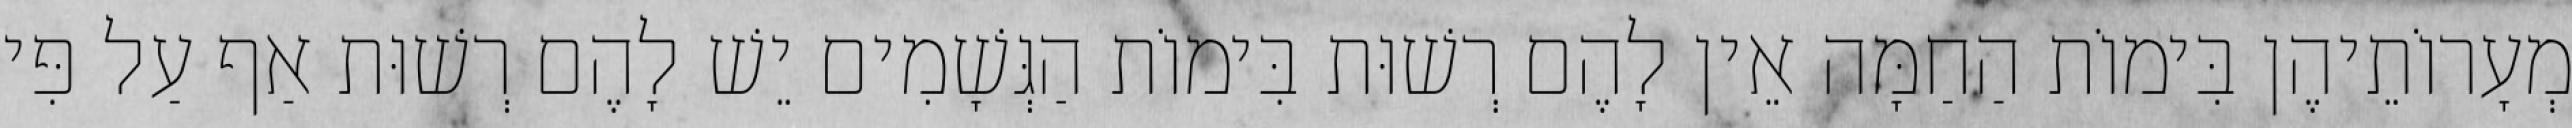
מְעָרוֹתֵיהֶן בִּימוֹת הַחַמָּה אֵין לָהֶם רְשׁוּת בִּימוֹת הַגְּשָׁמִים יֵשׁ לָהֶם רְשׁוּת אַף עַל פִּי